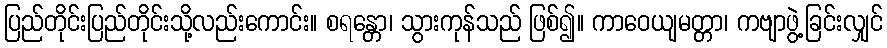
ပြည်တိုင်းပြည်တိုင်းသို့လည်းကောင်း။ စရန္တော၊ သွားကုန်သည် ဖြစ်၍။ ကာဝေယျမတ္တာ၊ ကဗျာဖွဲ့ခြင်းလျှင်